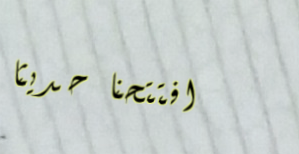
افتتحنا حديثاً